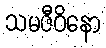
သမဇီဝိနော